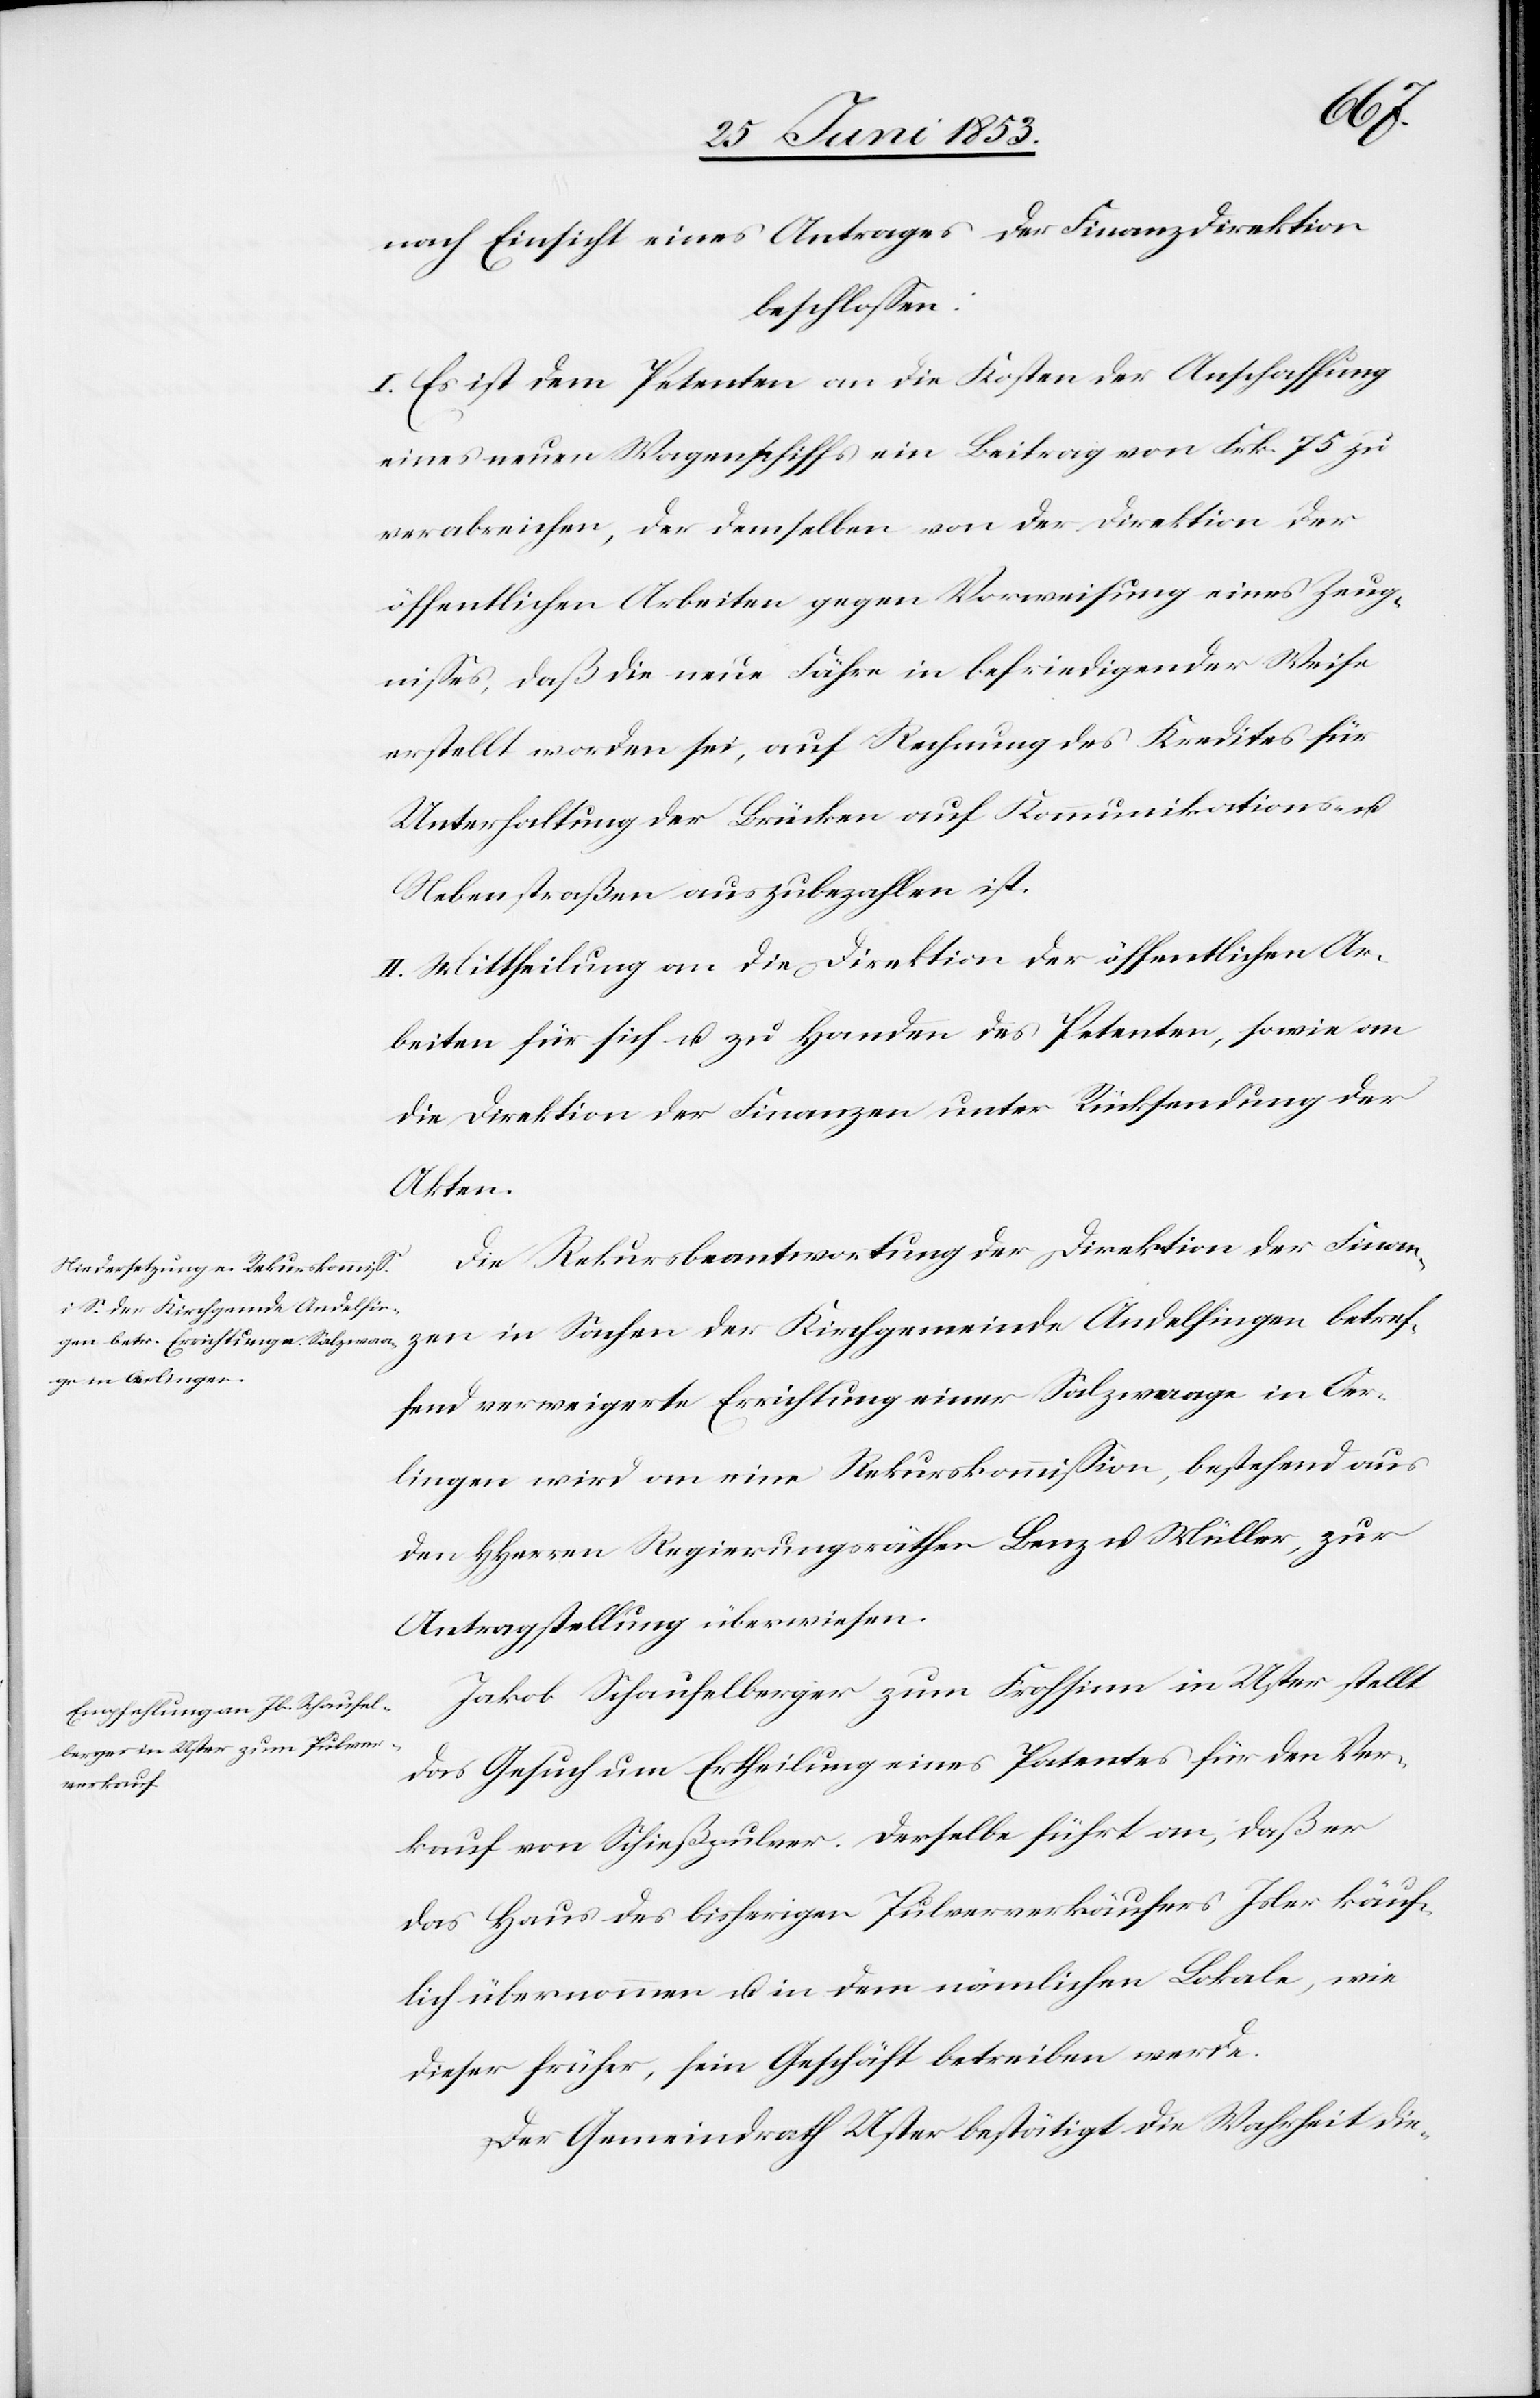
nach Einsicht eines Antrages der Finanzdirektion
beschloßen:
I. Es ist dem Petenten an die Kosten der Anschaffung
eines neuen Wagenschiffes ein Beitrag von Frk. 75 zu
verabreichen, der denselben von der Direktion der
öffentlichen Arbeiten gegen Vorweisung eines Zeug¬
nißes, daß die neue Fähre in befriedigender Weise
erstellt worden sei, auf Rechnung des Kredites für
Unterhaltung der Brücken auf Kommunikations- u.
Nebenstraßen auszubezahlen ist.
II. Mittheilung an die Direktion der öffentlichen Ar¬
beiten für sich und zu Handen des Petenten, sowie an
die Direktion der Finanzen unter Rücksendung der
Akten.
Die Rekursbeantwortung der Direktion der Finan¬
zen in Sachen der Kirchgemeinde Andelfingen, betref¬
fend verweigerte Errichtung einer Salzwaage in Oer¬
lingen wird an eine Rekurskommißion, bestehend aus
den HHerrn Regierungsräthen Benz u. Müller, zur
Antragstellung überwiesen.
Jakob Schaufelberger zum Frohsinn in Uster stellt
das Gesuch um Ertheilung eines Patentes für den Ver¬
kauf von Schießpulver. Derselbe führt an, daß er
das Haus des bisherigen Pulververkäufers Isler käuf¬
lich übernommen u. in dem nämlichen Lokale, wie
dieser früher, sein Geschäft betreiben werde.
Der Gemeindrath Uster bestätigt die Wahrheit die-